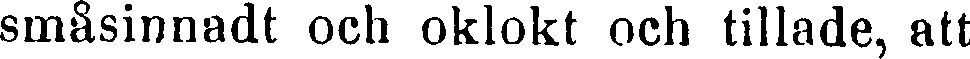
småsinnadt och oklokt och tillade, att